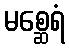
မစ္ဆေရံ